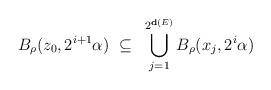
LaTeX: \begin{align*}B_\rho(z_0,2^{i+1}\alpha)~\subseteq~\bigcup^{2^{{\bf d}(E)}}_{j=1}B_\rho(x_j,2^{i}\alpha)\end{align*}